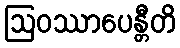
ဩဝဿာပေန္တီတိ